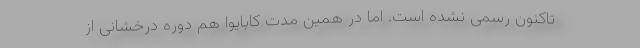
تاکنون رسمی نشده است. اما در همین مدت کابایوا هم دوره درخشانی از